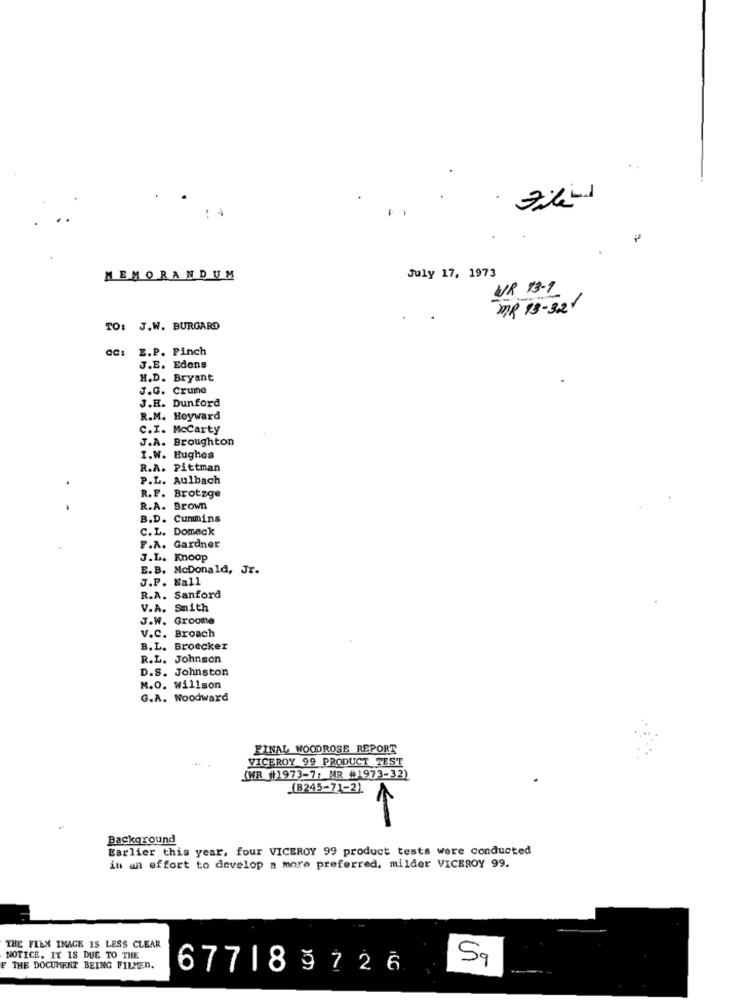
July 17, 1973
MEMORANDUM
WR 13-1
MR 13-32
TO: J.W. BURGARD
cc: E.P. Pinch
J.E. Edens
H.D. Bryant
J.G. Crume
J.H. Dunford
R.M. Heyward
C.I. McCarty
J.A. Broughton
I.W. Hughes
R.A. Pittman
P.L. Aulbach
R.F. Brotzge
-
R.A. Brown
B.D. Cummins
C. L. Domeck
F.A. Gardner
J.L. Knoop
E. B. McDonald, Jr.
J.P. Nall
R.A. Sanford
V.A. Smith
J.W. Groome
V.C. Broach
B.L. Broecker
R.L. Johnson
D.S. Johnston
M.O. Willson
G.A. Woodward
FINAL WOODROSE REPORT
VICEROY 99 PRODUCT TEST
(WR (1973-7; MR #1973-32)
(B245-71-2)
Background
Earlier this year, four VICEROY 99 product tests were conducted
in an effort to develop a more preferred, milder VICEROY 99.
THE FELN INAGE IS LESS CLEAR
NOTICE, IT IS DUE TO THE
THE DOCUMENT BEING FILMED.
67718 9726